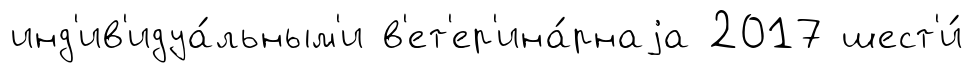
инд'ив'идуа́льным'и в'ет'ер'ина́рнаjа 2017 шест'и́